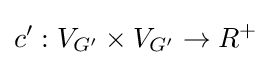
c':V_{G'}\times V_{G'}\to R^{+}